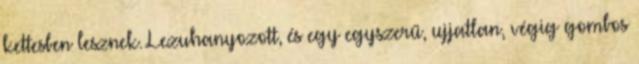
kettesben lesznek. Lezuhanyozott, és egy egyszerű, ujjatlan, végig gombos